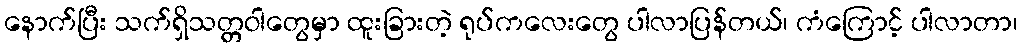
နောက်ပြီး သက်ရှိသတ္တဝါတွေမှာ ထူးခြားတဲ့ ရုပ်ကလေးတွေ ပါလာပြန်တယ်၊ ကံကြောင့် ပါလာတာ၊